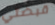
قبضتي